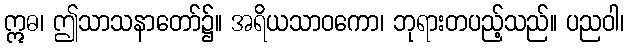
ဣဓ၊ ဤသာသနာတော်၌။ အရိယသာဝကော၊ ဘုရားတပည့်သည်။ ပညဝါ၊